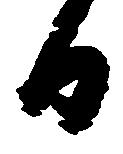
日